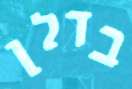
בדלן